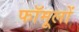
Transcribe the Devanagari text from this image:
फॉमूलों